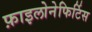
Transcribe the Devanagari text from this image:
फ़ाइलोनेफिर्टिस